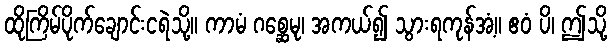
ထိုကြိမ်ပိုက်ချောင်းငရဲသို့။ ကာမံ ဂစ္ဆေမု၊ အကယ်၍ သွားရကုန်အံ့။ ဧဝံ ပိ၊ ဤသို့